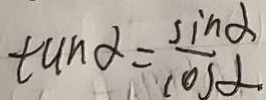
\tan \alpha = \frac { \sin \alpha } { \cos \alpha }